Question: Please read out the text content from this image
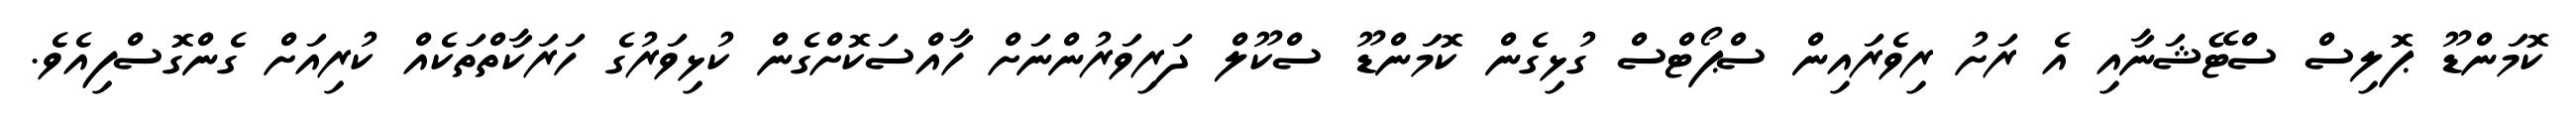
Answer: ކޮމަންޑޫ ޕޮލިސް ސްޓޭޝަނާއި އެ ރަށު ރިވެރައިން ސްޕޯޓްސް ގުޅިގެން ކޮމަންޑޫ ސްކޫލް ދަރިވަރުންނަށް ހާއްސަކޮށްގެން ކުޅިވަރުގެ ހަރަކާތްތަކެއް ކުރިއަށް ގެންގޮސްފިއެވެ.